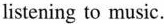
listening to music.